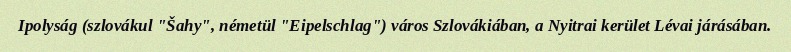
Ipolyság (szlovákul "Šahy", németül "Eipelschlag") város Szlovákiában, a Nyitrai kerület Lévai járásában.